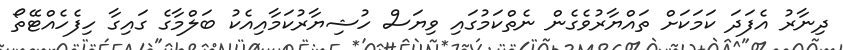
ދިނާރު އެފަދަ ކަމަކަށް ތައްޔާރުވެގެން ނެތްކަމުގައި ވިޔަސް ހުޝިޔާރުކަމާއިއެކު ބަލްމާގެ ގައިގާ ހިފެހެއްޓޭތޯ